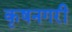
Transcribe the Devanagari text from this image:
कृषनगरी